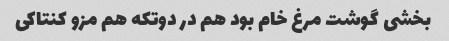
بخشی گوشت مرغ خام بود هم در دوتکه هم مزو کنتاکی‌